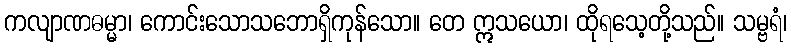
ကလျာဏဓမ္မာ၊ ကောင်းသောသဘောရှိကုန်သော။ တေ ဣသယော၊ ထိုရသေ့တို့သည်။ သမ္ဗရံ၊